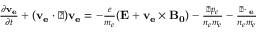
\begin{array} { r } { \frac { \partial \mathbf { v _ { e } } } { \partial t } + ( \mathbf { v _ { e } } \cdot \triangledown ) \mathbf { v _ { e } } = - \frac { e } { m _ { e } } ( \mathbf { E } + \mathbf { v _ { e } } \times \mathbf { B _ { 0 } } ) - \frac { \triangledown p _ { e } } { n _ { e } m _ { e } } - \frac { \triangledown \cdot { \bf \Pi _ { e } } } { n _ { e } m _ { e } } } \end{array}